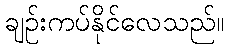
ချဉ်းကပ်နိုင်လေသည်။